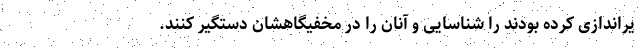
یراندازی کرده بودند را شناسایی و آنان را در مخفیگاهشان دستگیر کنند.